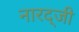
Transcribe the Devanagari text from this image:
नारद्जी